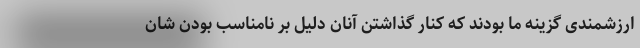
ارزشمندی گزینه ما بودند که کنار گذاشتن آنان دلیل بر نامناسب بودن شان